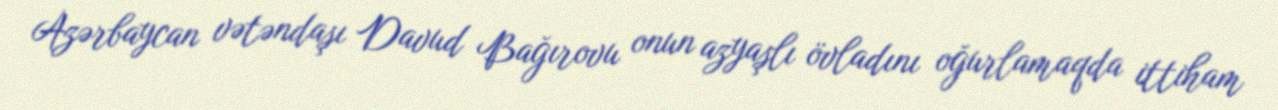
Azərbaycan vətəndaşı Davud Bağırovu onun azyaşlı övladını oğurlamaqda ittiham